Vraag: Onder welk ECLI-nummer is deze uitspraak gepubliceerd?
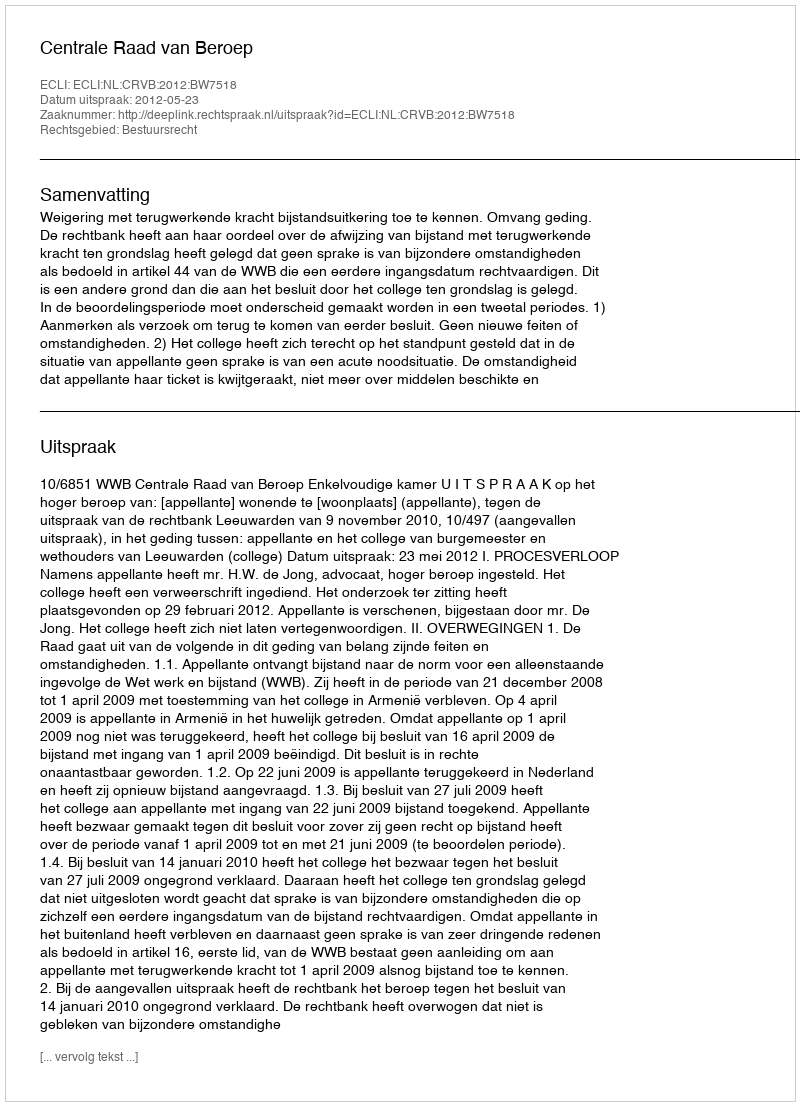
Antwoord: ECLI:NL:CRVB:2012:BW7518